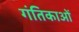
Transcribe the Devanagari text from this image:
गंतिकाओं